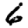
Digit: 6